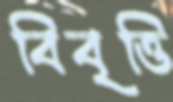
বিবৃত্তি